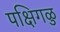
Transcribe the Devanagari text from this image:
पक्षिगळु